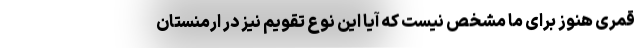
قمری هنوز برای ما مشخص نیست که آیا این نوع تقویم نیز در ارمنستان